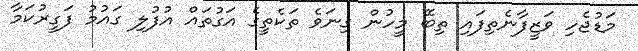
މަޑުޖެހި ވަޒީފާނެތިފައި ތިބޭ މީހުން ގިނަވެ ތަކެތީގެ އަގުތައް އުފުލި ގައުމު ފަގީރުކަމާ